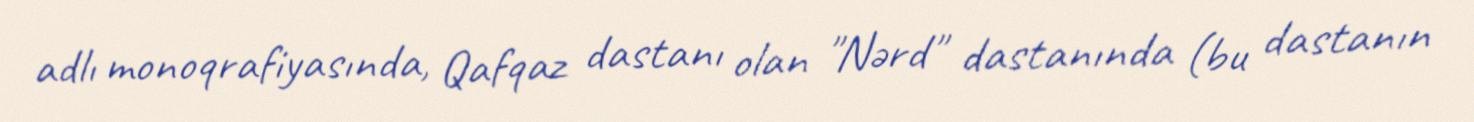
adlı monoqrafiyasında, Qafqaz dastanı olan "Nərd" dastanında (bu dastanın